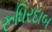
રૂધિરદાબ